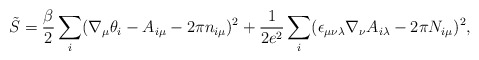
\begin{align*}\tilde{S}=\frac{\beta}{2}\sum_i(\nabla_{\mu}\theta_i-A_{i\mu}-2\pi n_{i\mu})^2+\frac{1}{2e^2}\sum_i(\epsilon_{\mu\nu\lambda}\nabla_\nu A_{i\lambda}-2\pi N_{i\mu})^2,\end{align*}